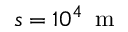
s = 1 0 ^ { 4 } \, \mathrm { ~ m ~ }